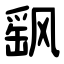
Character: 飖